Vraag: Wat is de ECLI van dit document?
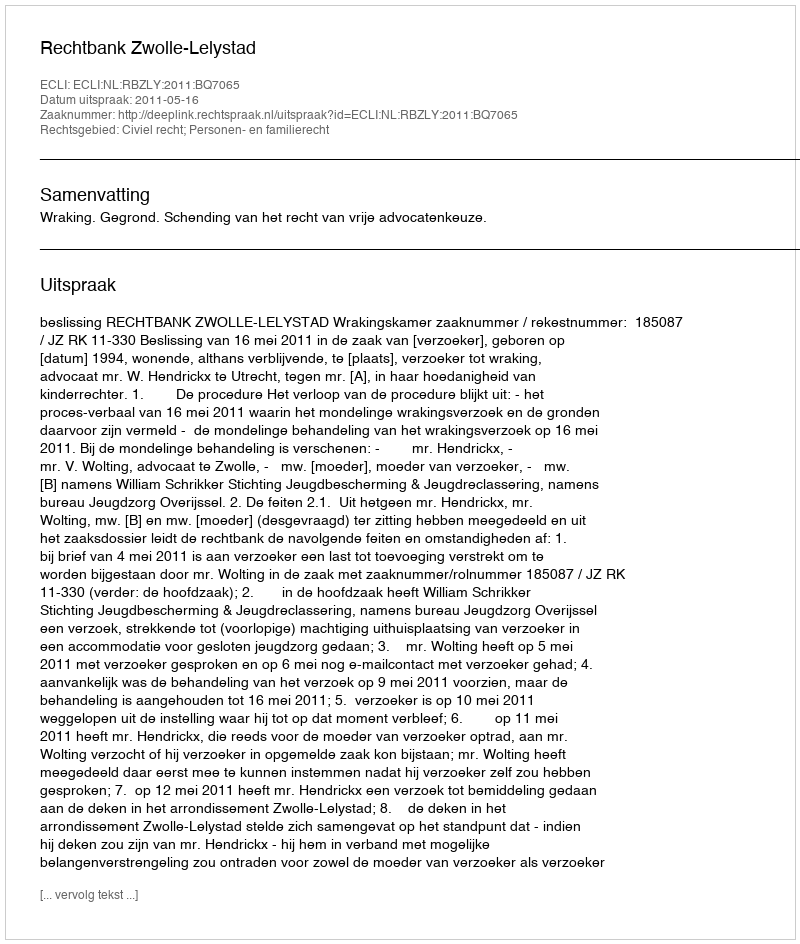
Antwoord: ECLI:NL:RBZLY:2011:BQ7065